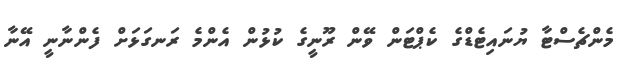
މެންޗެސްޓާ ޔުނައިޓެޑްގެ ކެޕްޓަން ވޭން ރޫނީގެ ކުޅުން އެންމެ ރަނގަޅަށް ފެންނާނީ އޭނާ